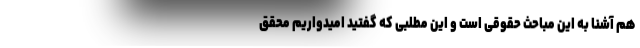
هم آشنا به این مباحث حقوقی است و این مطلبی که گفتید امیدواریم محقق